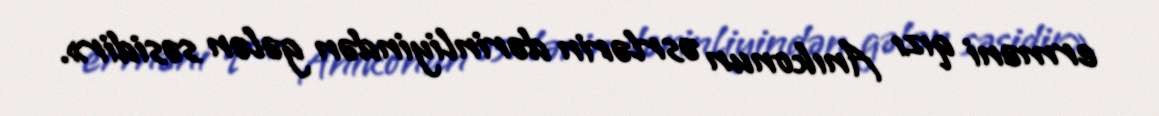
erməni qızı Anıkonun əsrlərin dərinliyindən gələn səsidir».